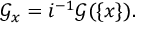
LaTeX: { \mathcal { G } } _ { x } = i ^ { - 1 } { \mathcal { G } } ( \{ x \} ) .